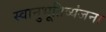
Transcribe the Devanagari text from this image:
स्वानुभूतिव्यंजना